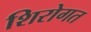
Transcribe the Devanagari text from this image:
शिरोगत